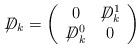
LaTeX: \begin{align*}\displaystyle{\not}D_k=\left(\begin{array}{cc}0 & \displaystyle{\not}D^1_k \\\displaystyle{\not}D^0_k & 0 \\\end{array}\right)\end{align*}